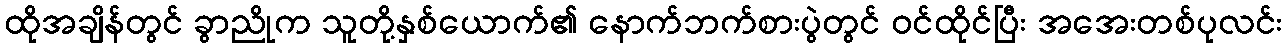
ထိုအချိန်တွင် ခွာညိုက သူတို့နှစ်ယောက်၏ နောက်ဘက်စားပွဲတွင် ဝင်ထိုင်ပြီး အအေးတစ်ပုလင်း